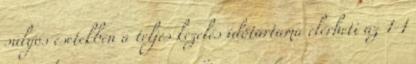
súlyos esetekben a teljes kezelés időtartama elérheti az 1-1